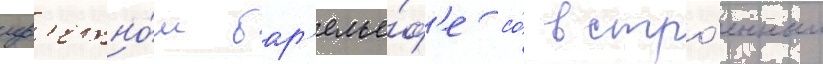
цв'етно́м бар'елье́ф'е со́ встро́енным